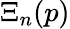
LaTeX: \Xi_{n}(p)